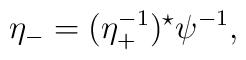
\eta_- = (\eta_+^{-1})^\star \psi^{-1},